Sanitation, dispensaries and jails vaccination Rajputana 1922-1927 - 1922-1927
Year: 1922
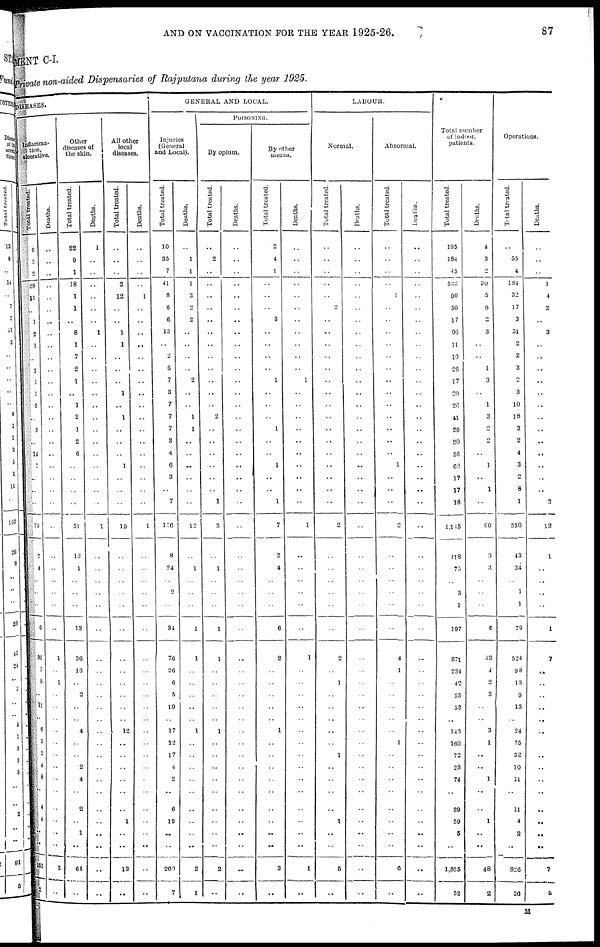
AND ON VACCINATION FOR THE YEAR 1925-26.
87
MENT C-I.
Private non-aided Dispensaries of Rajputana during the year 1925.
DISEASES.
Inflamma-
tion,
ulcerative.
Total treated.
6
2
2
28
11
..
1
2
1
..
1
1
1
3
..
3
..
14
7
..
..
..
73
2
4
..
..
..
6
96
5
8
..
11
..
6
5
2
4
8
..
4
4
..
..
153
2
Deaths.
..
..
..
..
..
..
..
..
..
..
..
..
..
..
..
..
..
..
..
..
..
..
..
..
..
..
..
..
..
1
..
1
..
..
..
..
..
..
..
..
..
..
..
..
..
2
..
Other
diseases of
the skin.
Total treated.
22
9
1
18
1
1
..
8
1
7
2
1
..
1
2
1
2
6
..
..
..
..
51
12
1
..
..
..
13
36
13
..
2
..
..
4
..
..
2
4
..
2
..
1
..
64
..
Deaths.
1
..
..
..
..
..
..
1
..
..
.. ..
..
..
..
..
..
..
..
..
..
..
1
..
..
..
..
..
..
..
..
..
..
..
..
..
..
..
..
..
..
..
..
..
..
..
..
All other
local
diseases.
Total treated.
..
..
..
2
12
..
..
1
1
..
..
..
1
..
1
..
..
..
1
..
..
..
19
..
..
..
..
..
..
..
..
..
..
..
..
12
..
..
..
..
..
..
1
..
..
13
..
Deaths.
..
..
..
..
1
..
..
..
..
..
..
..
..
..
..
..
..
..
..
..
..
..
1
..
..
..
..
..
..
..
..
..
..
..
..
..
..
..
..
..
..
..
..
..
..
..
..
GENERAL AND LOCAL.
Injuries
(General
and Local).
Total treated.
10
35
7
41
8
6
6
13
..
2
6
7
3
7
7
7
3
4
6
3
..
7
136
8
24
..
2
..
34
76
26
6
5
10
..
17
12
17
4
2
..
6
19
..
..
200
7
Deaths.
..
1
1
1
3
2
2
..
..
..
..
2
..
..
1
1
..
..
..
..
..
..
12
..
1
..
..
..
1
1
..
..
..
..
..
1
..
..
..
..
..
..
..
..
..
2
1
POISONING.
By opium.
Total treated.
..
2
..
..
..
..
..
..
..
..
..
..
..
..
2
..
..
..
..
..
..
1
3
..
1
..
..
..
1
1
..
..
..
..
..
1
..
..
..
..
..
..
..
..
..
2
..
Deaths.
..
..
..
..
..
..
..
..
..
..
..
..
..
..
..
..
..
..
..
..
..
..
..
..
..
..
..
..
..
..
..
..
..
..
..
..
..
..
..
..
..
..
..
..
..
..
..
By other
means.
Total treated.
2
4
1
..
..
..
3
..
..
..
..
1
..
..
..
1
..
..
1
..
..
1
7
2
4
..
..
..
6
2
..
..
..
..
..
1
..
..
..
..
..
..
..
..
..
3
..
Deaths.
..
..
..
..
..
..
..
..
..
..
..
1
..
..
..
..
..
..
..
..
..
..
1
..
..
..
..
..
..
1
..
..
..
..
..
..
..
..
..
..
..
..
..
..
..
1
..
LABOUR.
Normal.
Total treated.
..
..
..
..
..
2
..
..
..
..
..
..
..
..
..
..
..
..
..
..
..
..
2
..
..
..
..
..
..
2
..
1
..
..
..
..
..
1
..
..
..
..
1
..
..
5
..
Deaths.
..
..
..
..
..
..
..
..
..
..
..
..
..
..
..
..
..
..
..
..
..
..
..
..
..
..
..
..
..
..
..
..
..
..
..
..
..
..
..
..
..
..
..
..
..
..
..
Abnormal.
Total treated.
..
..
..
..
1
..
..
..
..
..
..
..
..
..
..
..
..
..
1
..
..
..
2
..
..
..
..
..
..
4
1
..
..
..
..
..
1
..
..
..
..
..
..
..
..
6
..
Deaths.
..
..
..
..
..
..
..
..
..
..
..
..
..
..
..
..
..
..
..
..
..
..
..
..
..
..
..
..
..
..
..
..
..
..
..
..
..
..
..
..
..
..
..
..
..
..
..
Total number
of indoor,
patients.
Total treated.
195
184
45
522
90
50
17
96
11
10
26
17
20
26
41
29
20
56
62
17
17
18
1,145
118
75
..
3
1
197
871
234
42
55
53
..
143
160
72
28
74
..
39
59
5
..
1,835
52
Deaths.
4
3
2
30
5
6
2
3
..
..
1
3
..
1
3
2
2
..
1
..
1
..
60
3
3
..
..
..
6
33
4
2
3
..
..
3
1
..
..
1
..
..
1
..
..
48
2
Operations.
Total treated.
..
55
4
184
32
17
3
31
2
2
3
2
3
10
18
3
2
4
3
2
8
1
330
43
34
..
1
1
79
524
98
13
9
13
..
24
75
32
10
11
..
11
4
2
..
826
26
Deaths.
..
..
..
1
4
2
..
3
..
..
..
..
..
..
..
..
..
..
..
..
..
2
12
1
..
..
..
..
1
7
..
..
..
..
..
..
..
..
..
..
..
..
..
..
..
7
2
M